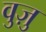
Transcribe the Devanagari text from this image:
वुज़ु